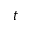
t